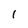
Character: 1